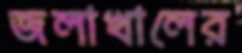
জলাখালের